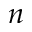
n